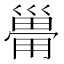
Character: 𰏆